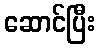
ဆောင်ပြီး